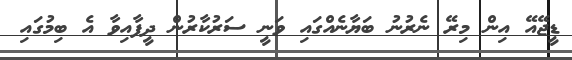
ޑީޖޭއޭ އިން މިރޭ ނެރުނު ބަޔާނެއްގައި ވަނީ ސަރުކާރުން ދީފާއިވާ އެ ބިމުގައި